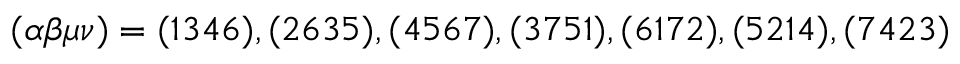
( \alpha \beta \mu \nu ) = ( 1 3 4 6 ) , ( 2 6 3 5 ) , ( 4 5 6 7 ) , ( 3 7 5 1 ) , ( 6 1 7 2 ) , ( 5 2 1 4 ) , ( 7 4 2 3 )